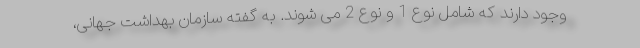
وجود دارند که شامل نوع 1 و نوع 2 می شوند. به گفته سازمان بهداشت جهانی،